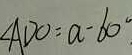
\angle A D O = a - 6 0 ^ { \circ }